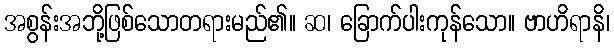
အစွန်းအဘို့ဖြစ်သောတရားမည်၏။ ဆ၊ ခြောက်ပါးကုန်သော။ ဗာဟိရာနိ၊